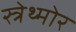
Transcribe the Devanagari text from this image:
स्त्रेथ्मोर